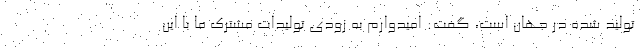
تولید شده در جهان است، گفت: امیدوارم به زودی تولیدات مشترک ما با این